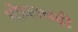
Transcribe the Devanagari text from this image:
धोकाधड़ी